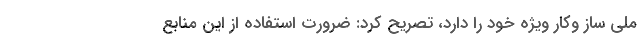
ملی ساز وکار ویژه خود را دارد، تصریح کرد: ضرورت استفاده از این منابع